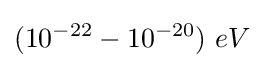
(10^{-22}-10^{-20})\ eV